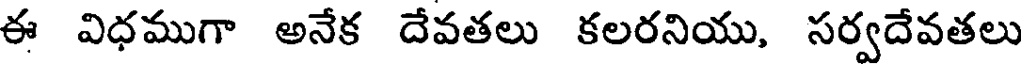
ఈ విధముగా అనేక దేవతలు కలరనియు, సర్వదేవతలు